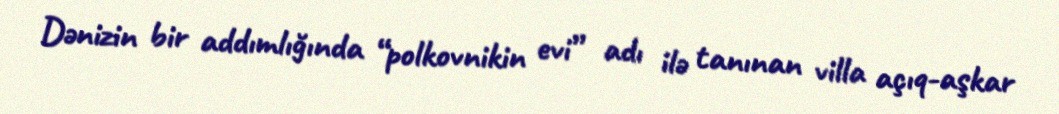
Dənizin bir addımlığında “polkovnikin evi” adı ilə tanınan villa açıq-aşkar